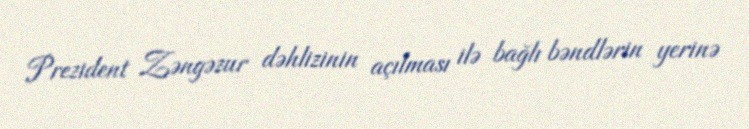
Prezident Zəngəzur dəhlizinin açılması ilə bağlı bəndlərin yerinə